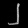
Digit: ၂